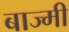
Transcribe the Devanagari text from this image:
बाज्मी